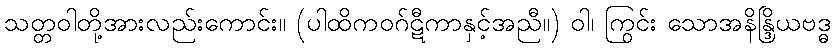
သတ္တဝါတို့အားလည်းကောင်း။ (ပါထိကဝဂ်ဋီကာနှင့်အညီ။) ဝါ၊ ကြွင်း သောအနိန္ဒြိယဗဒ္ဓ